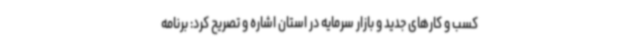
کسب و کارهای جدید و بازار سرمایه در استان اشاره و تصریح کرد: برنامه